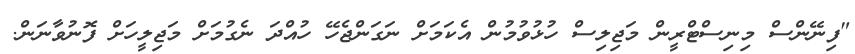
"ފިނޭންސް މިނިސްޓްރީން މަޖިލިސް ހުޅުވުމުން އެކަމަށް ނަގަންޖެހޭ ހުއްދަ ނެގުމަށް މަޖިލީހަށް ފޮނުވާނަން.